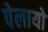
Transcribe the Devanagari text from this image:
पेलायो